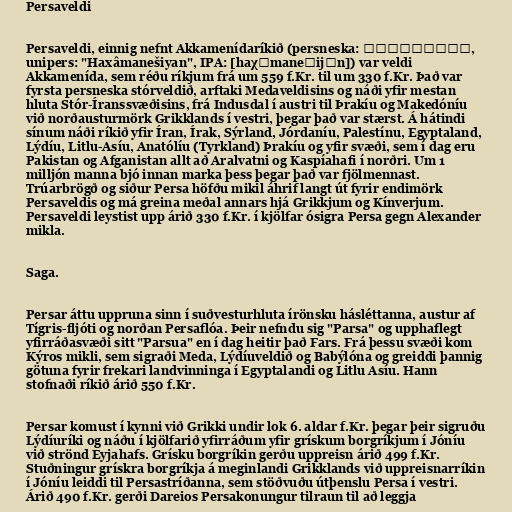
Persaveldi

Persaveldi, einnig nefnt Akkamenídaríkið (persneska: هخامنشیان,
unipers: "Haxâmanešiyan", IPA: [haχɒmaneʃijɒn]) var veldi
Akkamenída, sem réðu ríkjum frá um 559 f.Kr. til um 330 f.Kr. Það var
fyrsta persneska stórveldið, arftaki Medaveldisins og náði yfir mestan
hluta Stór-Íranssvæðisins, frá Indusdal í austri til Þrakíu og Makedóníu
við norðausturmörk Grikklands í vestri, þegar það var stærst. Á hátindi
sínum náði ríkið yfir Íran, Írak, Sýrland, Jórdaníu, Palestínu, Egyptaland,
Lýdíu, Litlu-Asíu, Anatólíu (Tyrkland) Þrakíu og yfir svæði, sem í dag eru
Pakistan og Afganistan allt að Aralvatni og Kaspíahafi í norðri. Um 1
milljón manna bjó innan marka þess þegar það var fjölmennast.
Trúarbrögð og siður Persa höfðu mikil áhrif langt út fyrir endimörk
Persaveldis og má greina meðal annars hjá Grikkjum og Kínverjum.
Persaveldi leystist upp árið 330 f.Kr. í kjölfar ósigra Persa gegn Alexander
mikla.

Saga.

Persar áttu uppruna sinn í suðvesturhluta írönsku hásléttanna, austur af
Tígris-fljóti og norðan Persaflóa. Þeir nefndu sig "Parsa" og upphaflegt
yfirráðasvæði sitt "Parsua" en í dag heitir það Fars. Frá þessu svæði kom
Kýros mikli, sem sigraði Meda, Lýdíuveldið og Babýlóna og greiddi þannig
götuna fyrir frekari landvinninga í Egyptalandi og Litlu Asíu. Hann
stofnaði ríkið árið 550 f.Kr.

Persar komust í kynni við Grikki undir lok 6. aldar f.Kr. þegar þeir sigruðu
Lýdíuríki og náðu í kjölfarið yfirráðum yfir grískum borgríkjum í Jóníu
við strönd Eyjahafs. Grísku borgríkin gerðu uppreisn árið 499 f.Kr.
Stuðningur grískra borgríkja á meginlandi Grikklands við uppreisnarríkin
í Jóníu leiddi til Persastríðanna, sem stöðvuðu útþenslu Persa í vestri.
Árið 490 f.Kr. gerði Dareios Persakonungur tilraun til að leggja